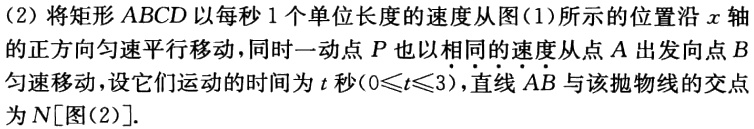
(2) 将矩形 \(ABCD\) 以每秒 \(1\) 个单位长度的速度从图(1)所示的位置沿 \(x\) 轴的正方向匀速平行移动，同时一动点 \(P\) 也以相同的速度从点 \(A\) 出发向点 \(B\) 匀速移动，设它们运动的时间为 \(t\) 秒\((0\leqslant t\leqslant3)\)，直线 \(AB\) 与该抛物线的交点为 \(N\)[图(2)].